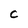
Character: c